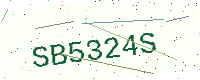
Text: SB5324S